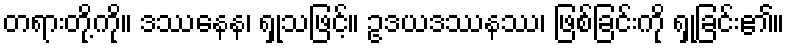
တရားတို့ကို။ ဒဿနေန၊ ရှုသဖြင့်။ ဥဒယဒဿနဿ၊ ဖြစ်ခြင်းကို ရှုခြင်း၏။